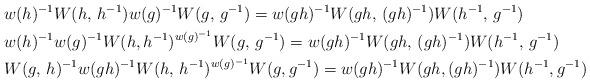
LaTeX: \begin{align*}& w(h)^{-1}W(h,\,h^{-1})w(g)^{-1}W(g,\,g^{-1})=w(gh)^{-1}W(gh,\,(gh)^{-1})W(h^{-1},\, g^{-1})\\&w(h)^{-1}w(g)^{-1}W(h,h^{-1})^{w(g)^{-1}}W(g,\,g^{-1})=w(gh)^{-1}W(gh,\,(gh)^{-1})W(h^{-1}, \,g^{-1})\\&W(g,\,h)^{-1}w(gh)^{-1}W(h,\,h^{-1})^{w(g)^{-1}}W(g,g^{-1})=w(gh)^{-1}W(gh,(gh)^{-1})W(h^{-1}, g^{-1})\end{align*}